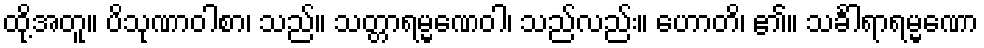
ထို့အတူ။ ပိသုဏာဝါစာ၊ သည်။ သတ္တာရမ္မဏေဝါ၊ သည်လည်း။ ဟောတိ၊ ၏။ သင်္ခါရာရမ္မဏော